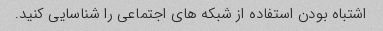
اشتباه بودن استفاده از شبکه های اجتماعی را شناسایی کنید.